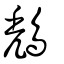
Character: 鵚